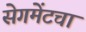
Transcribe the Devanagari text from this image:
सेगमेंटचा